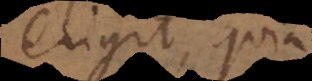
eligit, quia